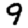
Digit: 9